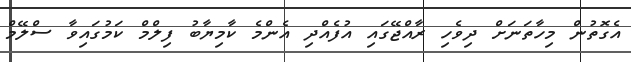
އެގޮތުން މިހާތަނަށް ދިވެހި ރާއްޖޭގައި އުފެއްދި އެންމެ ކާމިޔާބު ފިލްމް ކަމުގައިވާ ސްލޭމް